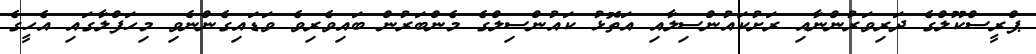
ޕްރީސްކޫލްގެ ދަރިވަރުންނާއި ރަށުކައުންސިލާއި އަތޮޅު ކައުންސިލްގެ މެންބަރުން ބައިވެރިވެ ވަޑައިގެންނެވި މިހަފްލާގައި އެހީގެ